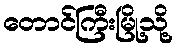
တောင်ကြီးမြို့သို့